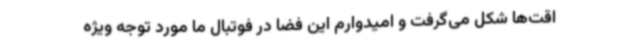
اقت‌ها شکل می‌گرفت و امیدوارم این فضا در فوتبال ما مورد توجه ویژه